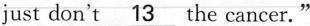
just don't \underline{13} the cancer."